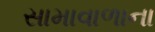
સામાવાળાના